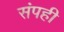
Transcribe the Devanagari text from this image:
संपही